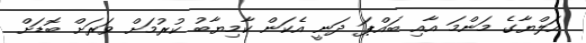
އަލްޔާގެ މަންމަ އާއި ބައްޕަ ދަނީ އެކަން ކާމިޔާބު ކުރުމަށް ވަރަށް ބޮޑަށް